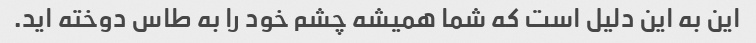
این به این دلیل است که شما همیشه چشم خود را به طاس دوخته اید.